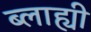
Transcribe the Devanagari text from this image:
ब्लाह्यी